Medical and sanitary report of the native army of Madras for the year
Year: 1878
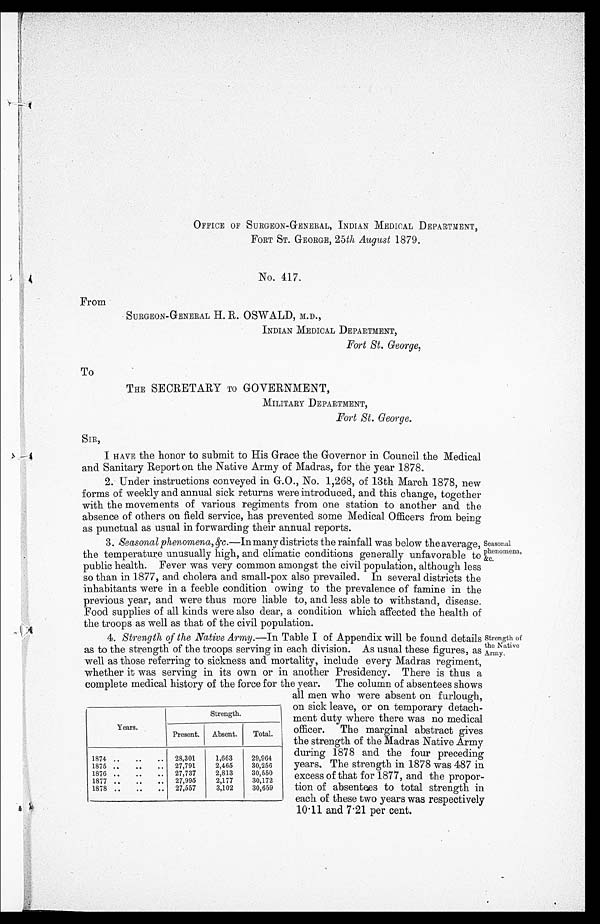
Years.
Strength.
Present.
Absent.
Total.
1874 ..
..
..
28,301
1,663
29,964
1875 ..
..
..
27,791
2,465
30,256
1876 ..
..
..
27,737
2,813
30,550
1877 ..
..
..
27,995
2,177
30,172
1878 ..
..
..
27,557
3,102
30,659
Strength of
the Native
Army.
OFFICE OF SURGEON-GENERAL, INDIAN MEDICAL DEPARTMENT,
FORT ST. GEORGE, 25 th August 1879.
No. 417.
From
SURGEON-GENERAL H. R. OSWALD, M.D.,
INDIAN MEDICAL DEPARTMENT,
Fort St. George,
To
THE SECRETARY TO GOVERNMENT,
MILITARY DEPARTMENT,
Fort St. George.
SIR,
I HAVE the honor to submit to His Grace the Governor in Council the Medical
and Sanitary Report on the Native Army of Madras, for the year 1878.
2. Under instructions conveyed in G.O., No. 1,268, of 13th March 1878, new
forms of weekly and annual sick returns were introduced, and this change, together
with the movements of various regiments from one station to another and the
absence of others on field service, has prevented some Medical Officers from being
as punctual as usual in forwarding their annual reports.
3. Seasonal phenomena, &c. —In many districts the rainfall was below the average,
the temperature unusually high, and climatic conditions generally unfavorable to
public health. Fever was very common amongst the civil population, although less
so than in 1877, and cholera and small-pox also prevailed. In several districts the
inhabitants were in a feeble condition owing to the prevalence of famine in the
previous year, and were thus more liable to, and less able to withstand, disease.
Food supplies of all kinds were also dear, a condition which affected the health of
the troops as well as that of the civil population.
Seasonal
phenomena,
&c.
4. Strength of the Native Army. —In Table I of Appendix will be found details
as to the strength of the troops serving in each division. As usual these figures, as
well as those referring to sickness and mortality, include every Madras regiment,
whether it was serving in its own or in another Presidency. There is thus a
complete medical history of the force for the year. The column of absentees shows
all men who were absent on furlough,
on sick leave, or on temporary detach-
ment duty where there was no medical
officer. The marginal abstract gives
the strength of the Madras Native Army
during 1878 and the four preceding
years. The strength in 1878 was 487 in
excess of that for 1877, and the propor-
tion of absentees to total strength in
each of these two years was respectively
10.11 and 7.21 per cent.